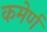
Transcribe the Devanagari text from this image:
कमेर्ण